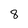
Character: 8